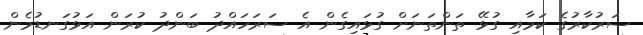
ސަރުކާރުގެ ކަމާއި ގުޅޭ ތަންތަނަށް ގުޅައިގެން އެ ސަރަހައްދު ބަންދު ކުރަން އަޅުގަނޑުމެން